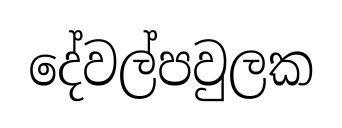
දේවල්පවුලක